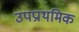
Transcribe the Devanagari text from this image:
उपप्राथमिक